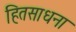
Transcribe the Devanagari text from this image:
हितसाधना